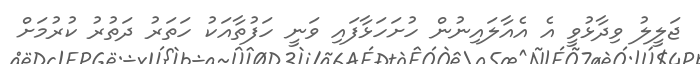
ޖަލީލު ވިދާޅުވީ އެ އެއާލައިނުން ހުށަހަޅާފައި ވަނީ ހަފުތާއަކު ހަތަރު ދަތުރު ކުރުމަށް